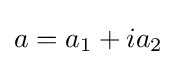
a=a_{1}+ia_{2}